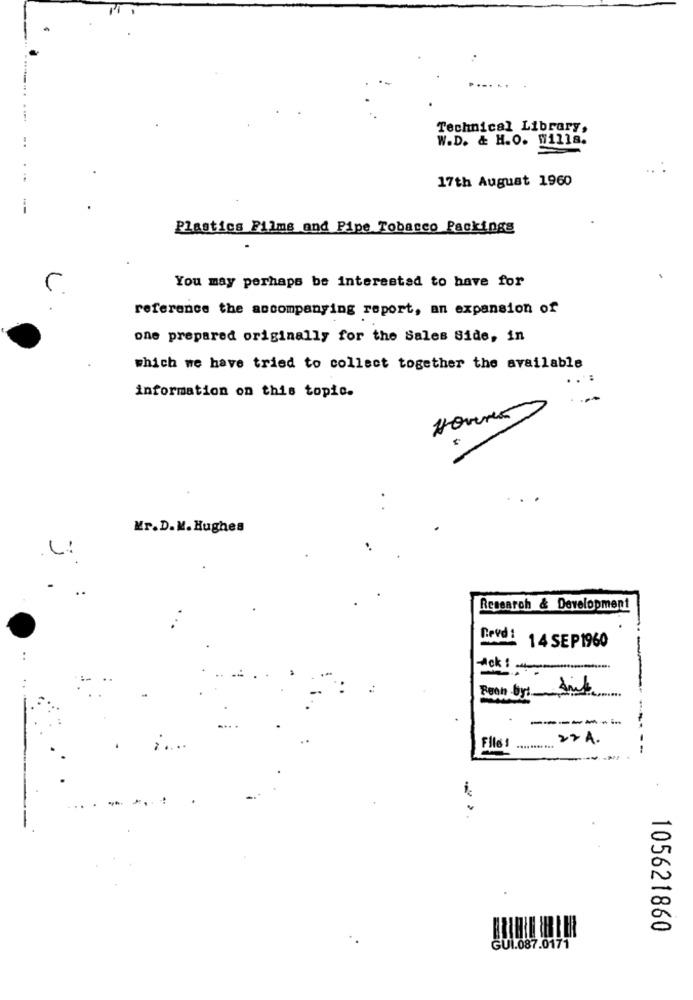
Technical Library,
W.D. & H.O. W1118.
17th August 1960
--
Plastics Films and Pipe Tobacco Packings
L
You may perhaps be interested to have for
reference the accompanying report, an expansion of
one prepared originally for the Sales Side, in
which we have tried to collect together the available
information on this topic.
Hours
Kr.D. M. Hughes
-
..
Research & Development
Gevd:
14 SEP1960
Ack :
-------
22 A.
...
File 1
105621860
GUI.087.0171